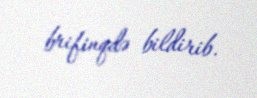
brifinqdə bildirib.